Report on sanitation, dispensaries, and jails in Rajputana for 1913, and on vaccination for the year 1913-1914 - 1913-1914
Year: 1913
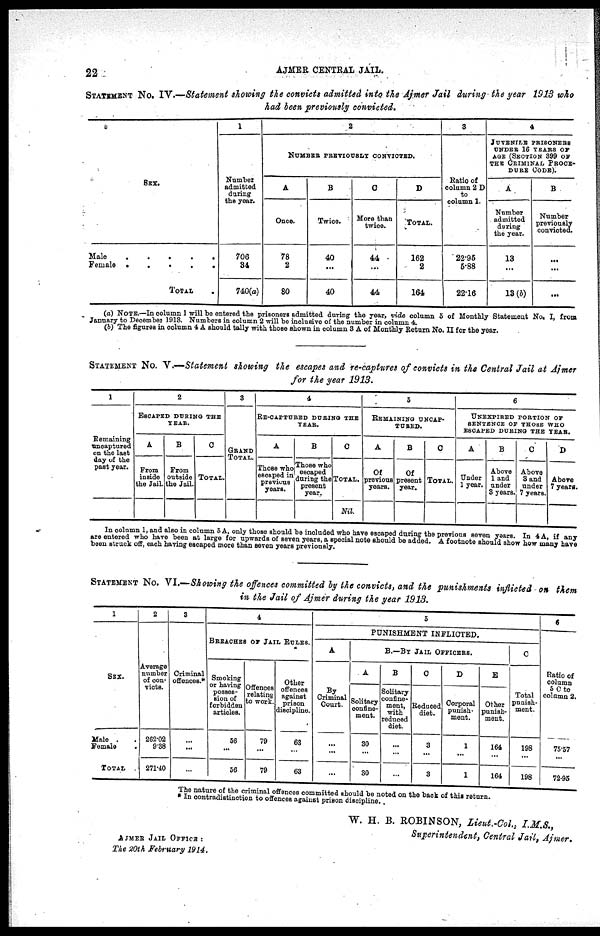
22
AJMER CENTRAL JAIL.
STATEMENT No. IV .—Statement showing the convicts admitted into the Ajmer Jail during the year 1913 who
had been previously convicted.
SEX.
Male
.
.
.
.
.
Female
.
.
.
.
.
TOTAL .
1
Number
admitted
during
the year.
706
34
740(a)
2
NUMBER PREVIOUSLY CONVICTED.
A
Once.
78
2
80
B
Twice.
40
...
40
C
More than
twice.
44
...
44
D
TOTAL.
162
2
164
3
Ratio of
column 2 D
to
column 1.
22*95
5.88
22.16
4
JUVENILE PRISONERS
UNDER 16 YEARS OF
AGE (SECTION 399 OF
THE CRIMINAL PROCE-
DURE CODE).
A
Number
admitted
during
the year.
13
...
13(b)
B
Number
previously
convicted.
...
...
...
(a) NOTE.—In column 1 will be entered the prisoners admitted during the year, vide column 5 of Monthly Statement No. I, from
January to December 1913. Numbers in column 2 will be inclusive of the number in column 4.
(b) The figures in column 4 A should tally with those shown in column 3 A of Monthly Return No. II for the year.
STATEMENT No. V .—Statement showing the escapes and re-captures of convicts in the Central Jail at Ajmer
for the year 1913.
1
Remaining
uncaptured
on the last
day of the
past year.
2
ESCAPED DURING THE
YEAR.
A
From
inside
the Jail.
B
From
outside
the Jail.
C
TOTAL.
3
GRAND
TOTAL.
4
RE-CAPTURED DURING THE
YEAR.
A
Those who
escaped in
previous
years.
B
Those who
eacaped
during the
present
year.
C
TOTAL.
Nil.
5
REMAINING UNCAP-
TURED.
A
Of
previous
years.
B
Of
present
year.
C
TOTAL.
6
UNEXPIRED PORTION OF
SENTENCE OF THOSE WHO
ESCAPED DURING THE YEAR.
A
Under
1 year.
B
Above
1 and
under
3 years.
C
Above
3 and
under
7 years.
D
Above
7 years.
In column 1, and also in column 5 A, only those should be included who have escaped during the previous seven years. In 4 A, if any
are entered who have been at large for upwards of seven years, a special note should be added. A footnote should show how many have
been struck off, each having escaped more than seven years previously.
STATEMENT No. VI.—Showing the offences committed by the convicts, and the punishments inflicted on them
in the Jail of Ajmer during the year 1913.
1
SEX.
Male . .
Female .
TOTAL .
2
Average
number
of con-
victs.
262.02
9.38
271.40
3
Criminal
offences.*
...
...
...
4
BREACHES OF JAIL RULES.
Smoking
or having
posses-
sion of
forbidden
articles.
56
...
56
Offences
relating
to work.
79
...
79
Other
offences
against
prison
discipline.
63
...
63
5
PUNISHMENT INFLICTED.
A
By
Criminal
Court.
...
...
...
B.—BY JAIL OFFICERS.
A
Solitary
confine-
ment.
30
...
30
B
Solitary
confine-
ment,
with
reduced
diet.
...
...
...
C
Reduced
diet.
3
...
3
D
Corporal
punish-
ment.
1
...
1
E
Other
punish-
ment.
164
...
164
C
Total
punish-
ment.
198
...
198
6
Ratio of
column
5 C to
column 2.
75.57
...
72.95
The nature of the criminal offences committed should be noted on the back of this return.
* In contradistinction to offences against prison discipline.
W. H. B. ROBINSON, Lieut.-Col., I.M.S.,
Superintendent, Central Jail, Ajmer.
AJMER JAIL OFFICE :
The 20th February
1914.